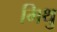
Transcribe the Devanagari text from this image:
मिथु